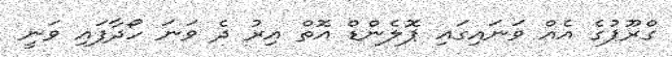
ގްރޫޕުގެ އެއް ވަނައިގައި ޕޮލެންޑް އޮތް އިރު ދެ ވަނަ ހޯދާފައި ވަނީ